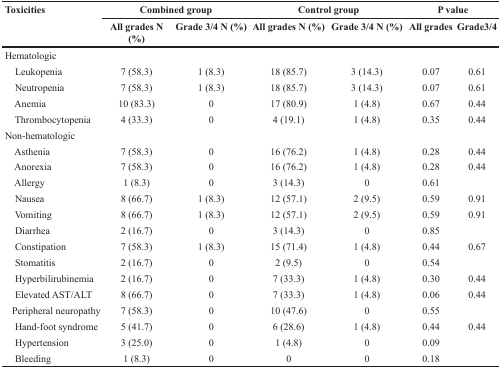
<table><thead><tr><td rowspan="2"><b>Toxicities</b></td><td colspan="2"><b>Combined group</b></td><td colspan="2"><b>Control group</b></td><td colspan="2"><b>P value</b></td></tr><tr><td><b>All grades N (%)</b></td><td><b>Grade 3/4 N (%)</b></td><td><b>All grades N (%)</b></td><td><b>Grade 3/4 N (%)</b></td><td><b>All grades</b></td><td><b>Grade3/4</b></td></tr></thead><tbody><tr><td>Hematologic</td><td></td><td></td><td></td><td></td><td></td><td></td></tr><tr><td>Leukopenia</td><td>7 (58.3)</td><td>1 (8.3)</td><td>18 (85.7)</td><td>3 (14.3)</td><td>0.07</td><td>0.61</td></tr><tr><td>Neutropenia</td><td>7 (58.3)</td><td>1 (8.3)</td><td>18 (85.7)</td><td>3 (14.3)</td><td>0.07</td><td>0.61</td></tr><tr><td>Anemia</td><td>10 (83.3)</td><td>0</td><td>17 (80.9)</td><td>1 (4.8)</td><td>0.67</td><td>0.44</td></tr><tr><td>Thrombocytopenia</td><td>4 (33.3)</td><td>0</td><td>4 (19.1)</td><td>1 (4.8)</td><td>0.35</td><td>0.44</td></tr><tr><td>Non-hematologic</td><td></td><td></td><td></td><td></td><td></td><td></td></tr><tr><td>Asthenia</td><td>7 (58.3)</td><td>0</td><td>16 (76.2)</td><td>1 (4.8)</td><td>0.28</td><td>0.44</td></tr><tr><td>Anorexia</td><td>7 (58.3)</td><td>0</td><td>16 (76.2)</td><td>1 (4.8)</td><td>0.28</td><td>0.44</td></tr><tr><td>Allergy</td><td>1 (8.3)</td><td>0</td><td>3 (14.3)</td><td>0</td><td>0.61</td><td></td></tr><tr><td>Nausea</td><td>8 (66.7)</td><td>1 (8.3)</td><td>12 (57.1)</td><td>2 (9.5)</td><td>0.59</td><td>0.91</td></tr><tr><td>Vomiting</td><td>8 (66.7)</td><td>1 (8.3)</td><td>12 (57.1)</td><td>2 (9.5)</td><td>0.59</td><td>0.91</td></tr><tr><td>Diarrhea</td><td>2 (16.7)</td><td>0</td><td>3 (14.3)</td><td>0</td><td>0.85</td><td></td></tr><tr><td>Constipation</td><td>7 (58.3)</td><td>1 (8.3)</td><td>15 (71.4)</td><td>1 (4.8)</td><td>0.44</td><td>0.67</td></tr><tr><td>Stomatitis</td><td>2 (16.7)</td><td>0</td><td>2 (9.5)</td><td>0</td><td>0.54</td><td></td></tr><tr><td>Hyperbilirubinemia</td><td>2 (16.7)</td><td>0</td><td>7 (33.3)</td><td>1 (4.8)</td><td>0.30</td><td>0.44</td></tr><tr><td>Elevated AST/ALT</td><td>8 (66.7)</td><td>0</td><td>7 (33.3)</td><td>1 (4.8)</td><td>0.06</td><td>0.44</td></tr><tr><td>Peripheral neuropathy</td><td>7 (58.3)</td><td>0</td><td>10 (47.6)</td><td>0</td><td>0.55</td><td></td></tr><tr><td>Hand-foot syndrome</td><td>5 (41.7)</td><td>0</td><td>6 (28.6)</td><td>1 (4.8)</td><td>0.44</td><td>0.44</td></tr><tr><td>Hypertension</td><td>3 (25.0)</td><td>0</td><td>1 (4.8)</td><td>0</td><td>0.09</td><td></td></tr><tr><td>Bleeding</td><td>1 (8.3)</td><td>0</td><td>0</td><td>0</td><td>0.18</td><td></td></tr></tbody></table>